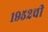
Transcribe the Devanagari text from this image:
१९५२ची